Etiology and epidemiology of plague
Disease focus: Plague
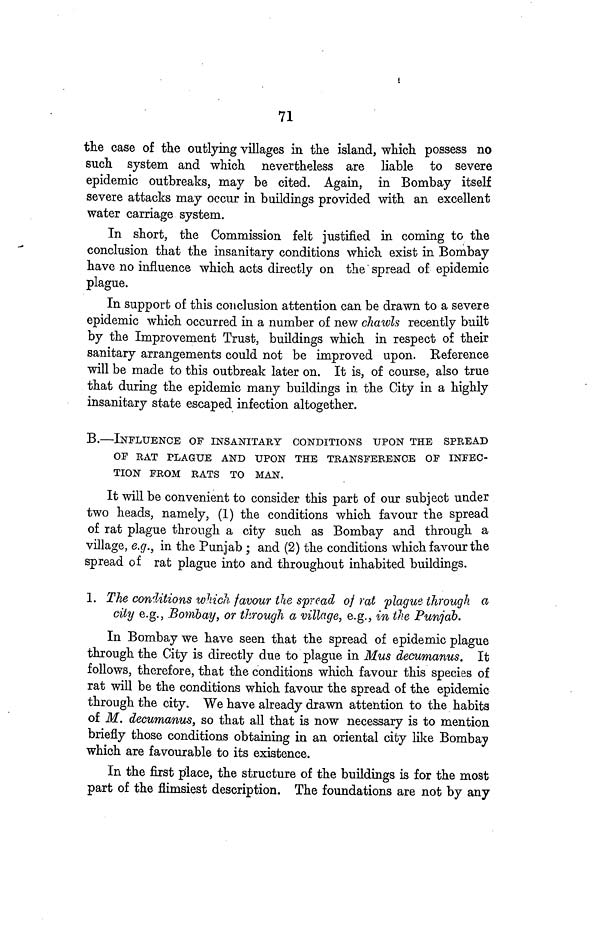
71
the case of the outlying villages in the island, which possess no
such system and which nevertheless are liable to severe
epidemic outbreaks, may be cited. Again, in Bombay itself
severe attacks may occur in buildings provided with an excellent
water carriage system.
In short, the Commission felt justified in coming to the
conclusion that the insanitary conditions which exist in Bombay
have no influence which acts directly on the spread of epidemic
plague.
In support of this conclusion attention can be drawn to a severe
epidemic which occurred in a number of new chawls recently built
by the Improvement Trust, buildings which in respect of their
sanitary arrangements could not be improved upon. Reference
will be made to this outbreak later on. It is, of course, also true
that during the epidemic many buildings in the City in a highly
insanitary state escaped infection altogether.
B.—INFLUENCE OF INSANITARY CONDITIONS UPON THE SPREAD
OF RAT PLAGUE AND UPON THE TRANSFERENCE OF INFEC-
TION FROM RATS TO MAN.
It will be convenient to consider this part of our subject under
two heads, namely, (1) the conditions which favour the spread
of rat plague through a city such as Bombay and through a
village, e.g., in the Punjab ; and (2) the conditions which favour the
spread of rat plague into and throughout inhabited buildings.
1. The conditions which favour the spread of rat plague through a
city e.g., Bombay, or through a village, e.g., in the Punjab.
In Bombay we have seen that the spread of epidemic plague
through the City is directly due to plague in Mus decumanus. It
follows, therefore, that the conditions which favour this species of
rat will be the conditions which favour the spread of the epidemic
through the city. We have already drawn attention to the habits
of M. decumanus, so that all that is now necessary is to mention
briefly those conditions obtaining in an oriental city like Bombay
which are favourable to its existence.
In the first place, the structure of the buildings is for the most
part of the flimsiest description. The foundations are not by any